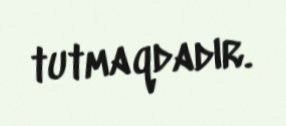
tutmaqdadır.